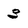
Character: 3